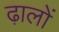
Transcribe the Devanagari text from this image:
ढ़ालों